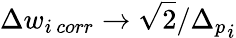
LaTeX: \Delta w_{i\, corr}\to\sqrt{2}/{\Delta_{p}}_{i}